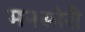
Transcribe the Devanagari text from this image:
मनसोरी